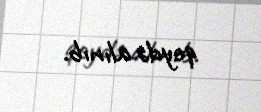
qeydə alınıb.